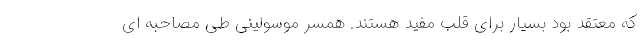
که معتقد بود بسیار برای قلب مفید هستند. همسر موسولینی طی مصاحبه ای